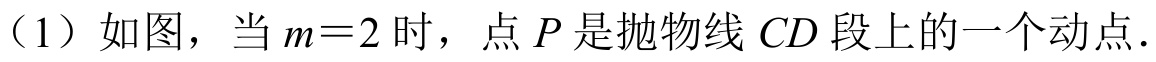
（1）如图，当\(m = 2\)时，点\(P\)是抛物线\(CD\)段上的一个动点.